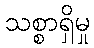
သစ္စာရှိမှု